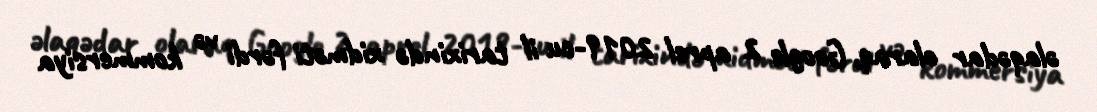
əlaqədar olaraq, Google 2 aprel 2019-cu il tarixində xidməti fərdi və kommersiya